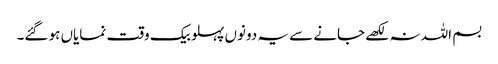
بسم اللہ نہ لکھے جانے سے یہ دونوں پہلو بیک وقت نمایاں ہو گئے۔